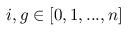
{ i , g } \in [ 0 , 1 , . . . , n ]